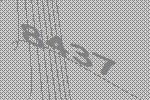
8437